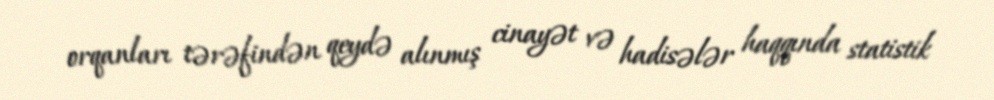
orqanları tərəfindən qeydə alınmış cinayət və hadisələr haqqında statistik